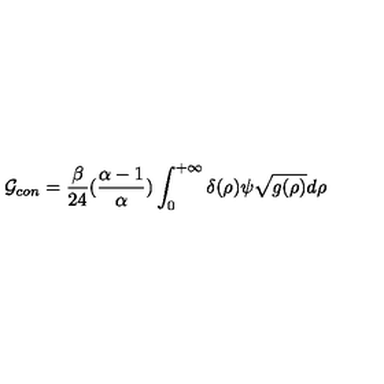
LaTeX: { \cal G } _ { c o n } = { \frac { \beta } { 2 4 } } ( { \frac { \alpha - 1 } { \alpha } } ) \int _ { 0 } ^ { + \infty } \delta ( \rho ) \psi \sqrt { g ( \rho ) } d \rho